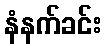
နံနက်ခင်း